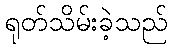
ရုတ်သိမ်းခဲ့သည်